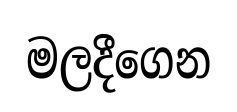
මලදීගෙන